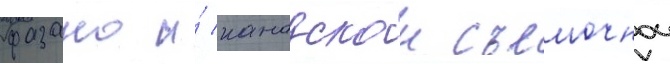
фазано и́ канадскои съемочнои